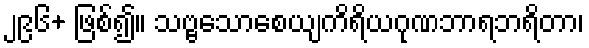
၂၉၆+ ဖြစ်၍။ သဗ္ဗသောစေယျကိရိယဂုဏဘာရဘရိတာ၊